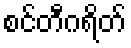
စင်တီဂရိတ်